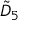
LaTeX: { \tilde { D } } _ { 5 }